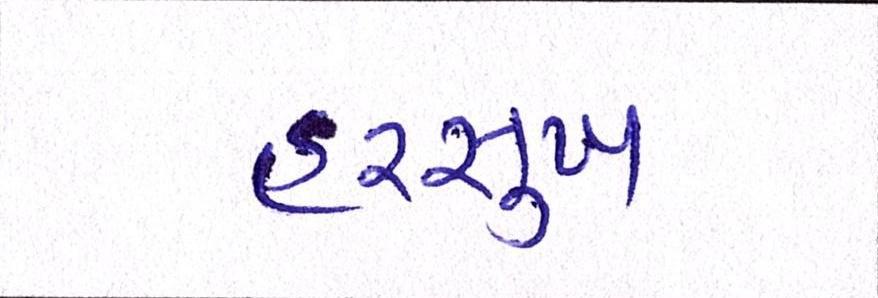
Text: હરસુખ